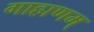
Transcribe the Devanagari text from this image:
गाहाणम्